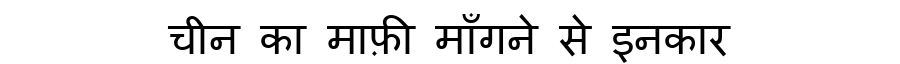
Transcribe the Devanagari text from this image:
चीन का माफ़ी माँगने से इनकार